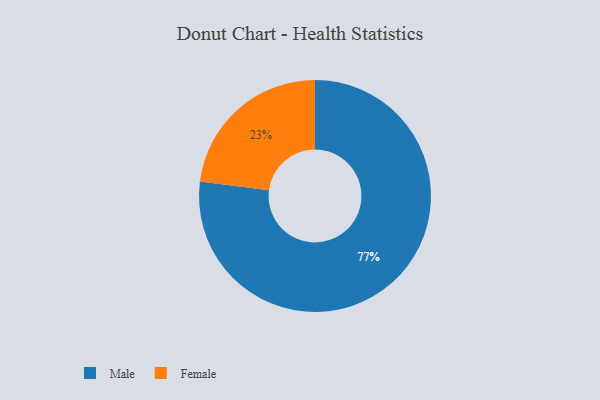
{"axis": {"x": "Category", "y": "Percentage"}, "legend": ["Female", "Male"], "data": [{"x": "Male", "y": 77, "type": "Male"}, {"x": "Female", "y": 23, "type": "Female"}]}